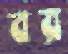
বর